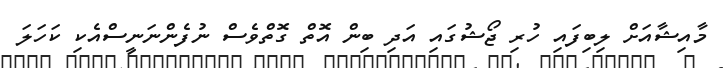
މާއިޝާއަށް ލިބިފައި ހުރި ޖޯޝުގައި އަދި ބިން އޮތް ގޮތްވެސް ނުފެންނަނީސްއެކި ކަހަލަ